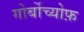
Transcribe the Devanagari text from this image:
गोर्बोच्योफ़